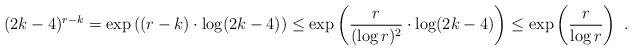
LaTeX: \begin{align*}(2k-4)^{r-k}= \exp\left((r-k)\cdot\log(2k-4)\right)\le \exp\left(\frac{r}{(\log r)^2}\cdot\log(2k-4)\right)\le \exp\left(\frac{r}{\log r}\right)~.\end{align*}